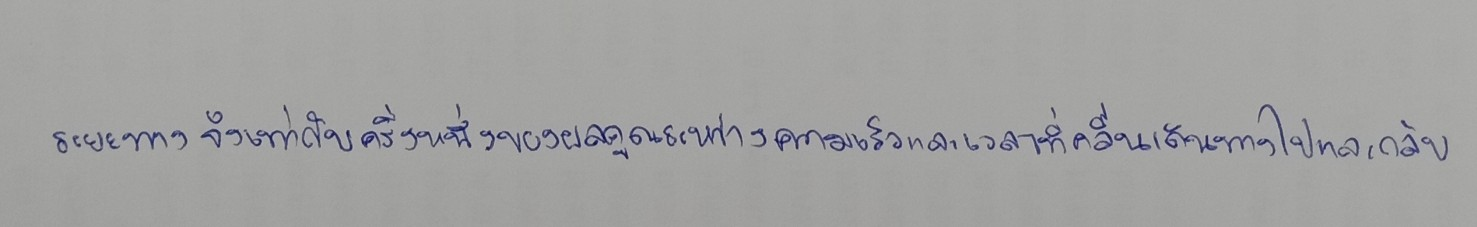
ระยะทางจึงเท่ากับครึ่งหนึ่งของผลคูณระหว่างความเร็วและเวลาที่คลื่นเดินทางไปและกลับ